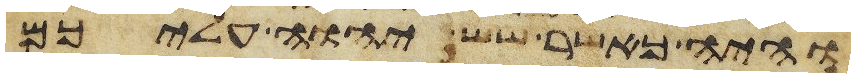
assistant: והיה כאשר שש יהוה עליכם